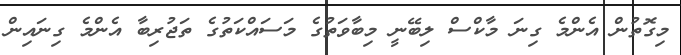
މިގޮތުން އެންމެ ގިނަ މާކްސް ލިބޭނީ މިބާވަތުގެ މަސައްކަތުގެ ތަޖުރިބާ އެންމެ ގިނައިން